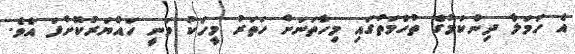
އެ ހަމަލާ ދިންކަމުގެ ތުހުމަތުގައި މިހާތަނަށް ހަތަރު މީހަކު ވަނީ ހައްޔަރުކޮށްފަ އެވެ.